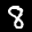
Label: 8